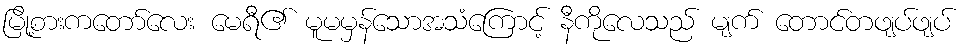
မြို့စားကတော်လေး မေရီ၏ မူမမှန်သောအသံကြောင့် နီကိုလေသည် မျက် တောင်တဖျပ်ဖျပ်